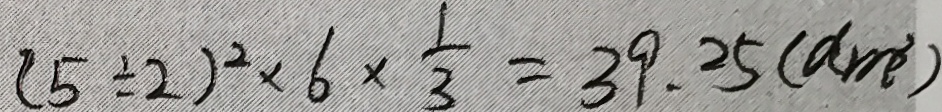
( 5 \div 2 ) ^ { 2 } \times 6 \times \frac { 1 } { 3 } = 3 9 . 2 5 ( d m ^ { 3 } )